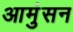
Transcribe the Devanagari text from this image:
आमुंसन